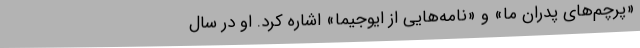
«پرچم‌های پدران ما» و «نامه‌هایی از ایوجیما» اشاره کرد. او در سال